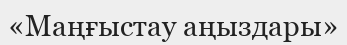
«Маңғыстау аңыздары»